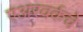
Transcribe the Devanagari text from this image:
एअरवर्कचे